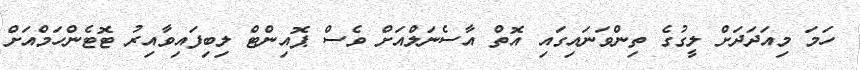
ހަމަ މިއަދަދަށް ލީގުގެ ތިންވަނައިގައި އޮތް އާސެނަލްއަށް ވެސް ޕޮއިންޓް ލިބިފައިވާއިރު ޓޮޓެންހަމްއަށް